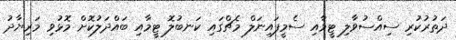
ދަތުރުކުރި ސިއްސުވާލި ޓީމާއި ސެމީފައިނަލް މެޗްގައި ކަނބުލޮ ޓީމާއި ބައްދަލުކޮށް މޮޅުވި މަރިޔާދު